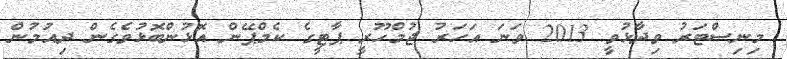
މިނިސްޓަރު ވިދާޅުވީ 2013 ވަނަ އަހަރު ޖުމްހޫރީ ޕާޓީގެ ކެމްޕޭން އޮޅުންބޮޅުވެގެން ދިއުމުން